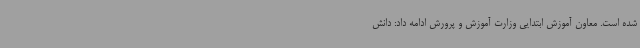
شده است. معاون آموزش ابتدایی وزارت آموزش و پرورش ادامه داد: دانش